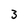
Character: 3